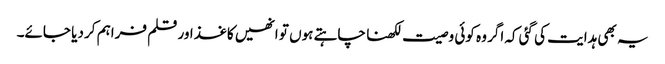
یہ بھی ہدایت کی گئی کہ اگر وہ کوئی وصیت لکھنا چاہتے ہوں تو انھیں کاغذ اور قلم فراہم کر دیا جائے۔